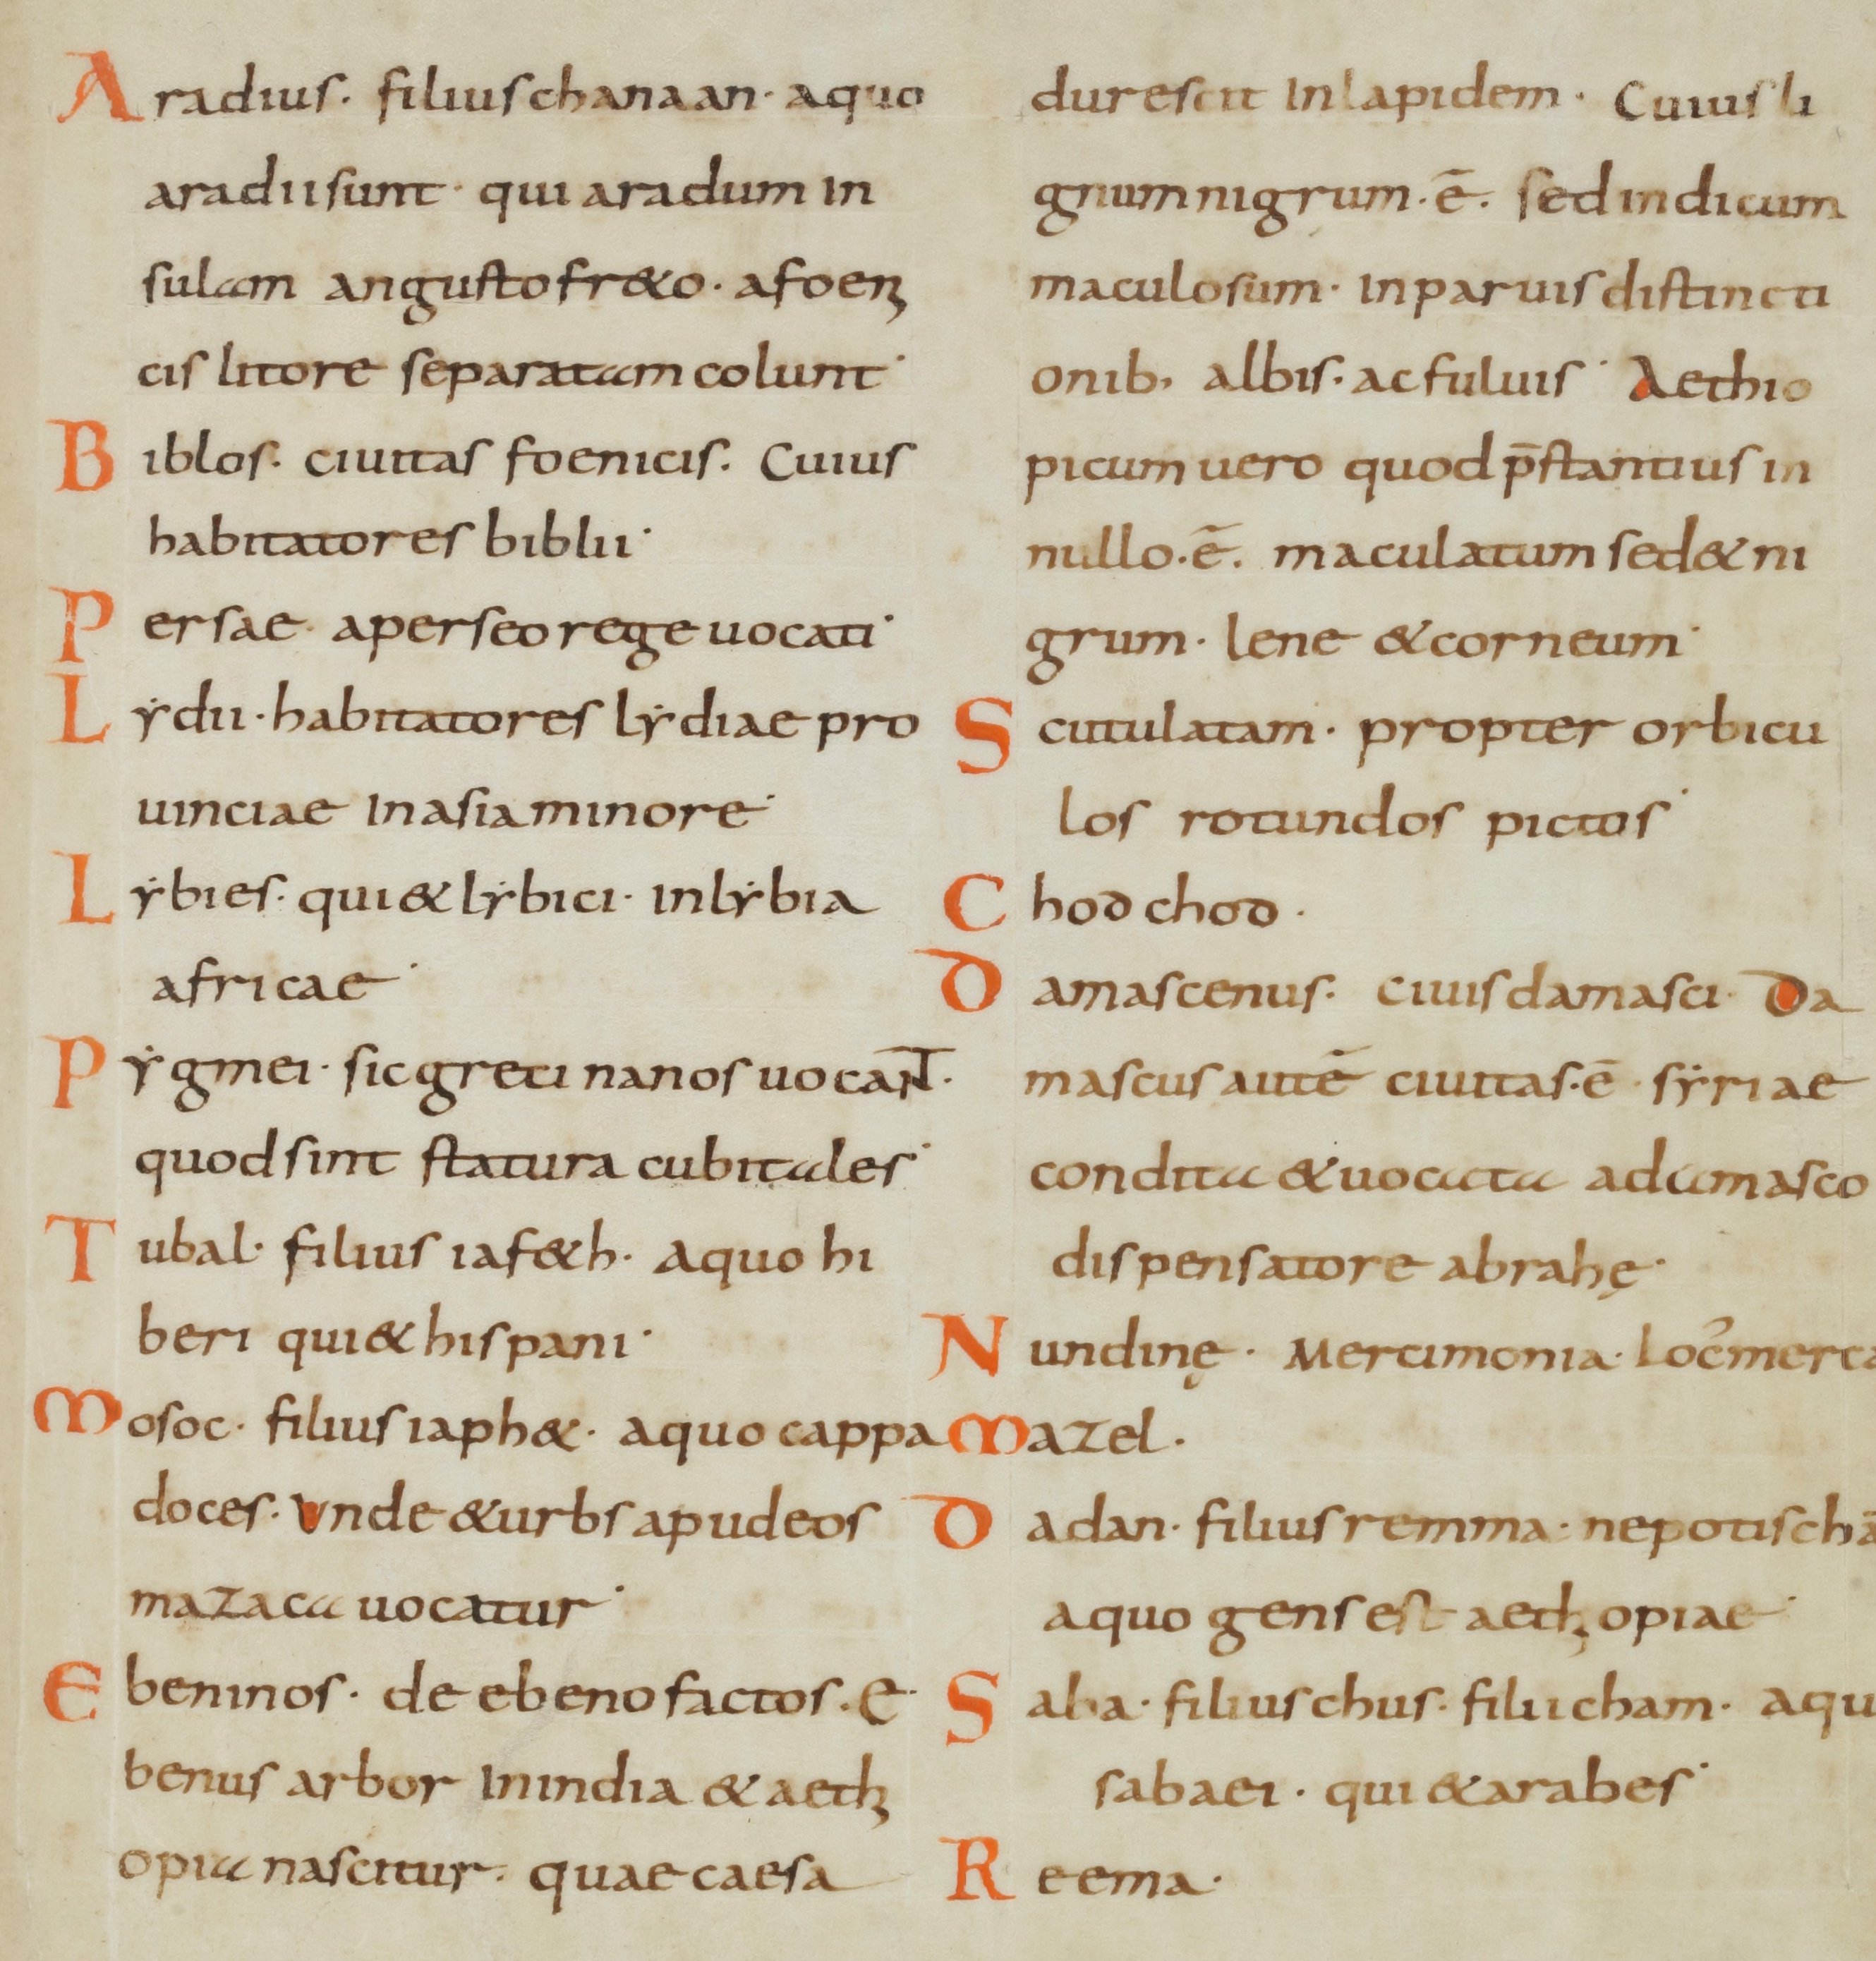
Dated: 800–899